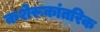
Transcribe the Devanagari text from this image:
कशेरूकांतरिक